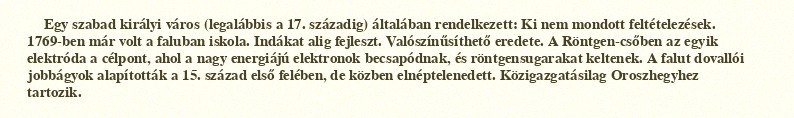
Egy szabad királyi város (legalábbis a 17. századig) általában rendelkezett: Ki nem mondott feltételezések. 1769-ben már volt a faluban iskola. Indákat alig fejleszt. Valószínűsíthető eredete. A Röntgen-csőben az egyik elektróda a célpont, ahol a nagy energiájú elektronok becsapódnak, és röntgensugarakat keltenek. A falut dovallói jobbágyok alapították a 15. század első felében, de közben elnéptelenedett. Közigazgatásilag Oroszhegyhez tartozik.